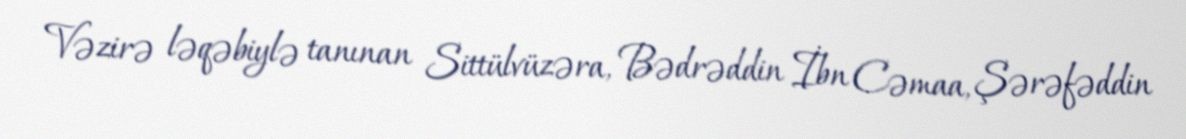
Vəzirə ləqəbiylə tanınan Sittülvüzəra, Bədrəddin İbn Cəmaa, Şərəfəddin